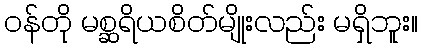
ဝန်တို မစ္ဆရိယစိတ်မျိုးလည်း မရှိဘူး။